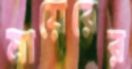
মায়েরের